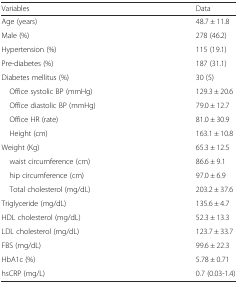
| Variables | Data |
 | --- | --- |
 | Age (years) | 48.7 ± 11.8 |
 | Male (%) | 278 (46.2) |
 | Hypertension (%) | 115 (19.1) |
 | Pre-diabetes (%) | 187 (31.1) |
 | Diabetes mellitus (%) | 30 (5) |
 | Office systolic BP (mmHg) | 129.3 ± 20.6 |
 | Office diastolic BP (mmHg) | 79.0 ± 12.7 |
 | Office HR (rate) | 81.0 ± 30.9 |
 | Height (cm) | 163.1 ± 10.8 |
 | Weight (Kg) | 65.3 ± 12.5 |
 | waist circumference (cm) | 86.6 ± 9.1 |
 | hip circumference (cm) | 97.0 ± 6.9 |
 | Total cholesterol (mg/dL) | 203.2 ± 37.6 |
 | Triglyceride (mg/dL) | 135.6 ± 4.7 |
 | HDL cholesterol (mg/dL) | 52.3 ± 13.3 |
 | LDL cholesterol (mg/dL) | 123.7 ± 33.7 |
 | FBS (mg/dL) | 99.6 ± 22.3 |
 | HbA1c (%) | 5.78 ± 0.71 |
 | hsCRP (mg/L) | 0.7 (0.03-1.4) |